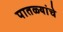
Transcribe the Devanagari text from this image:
पातळ्यांचे